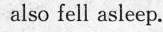
alsofell asleep.